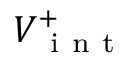
V _ { \mathrm { ~ i ~ n ~ t ~ } } ^ { + }